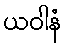
ယဝါနံ